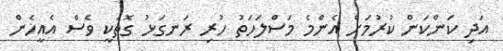
އަދި ކަންކަން ކުރުމަށް އެންމެ މަސްލަހަތު ހުރި ރަނގަޅު ގޮތަކީ ވެސް އެއީހެން